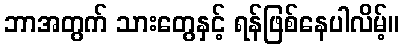
ဘာအတွက် သားတွေနှင့် ရန်ဖြစ်နေပါလိမ့်။